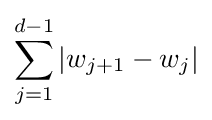
\sum _{j=1}^{d-1}\left|w_{j+1}-w_{j}\right|